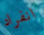
انفراد